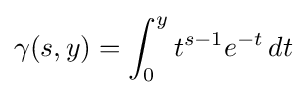
\gamma (s,y)=\int _{0}^{y}t^{s-1}e^{-t}\,dt